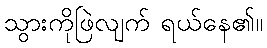
သွားကိုဖြဲလျက် ရယ်နေ၏။